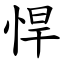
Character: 悍